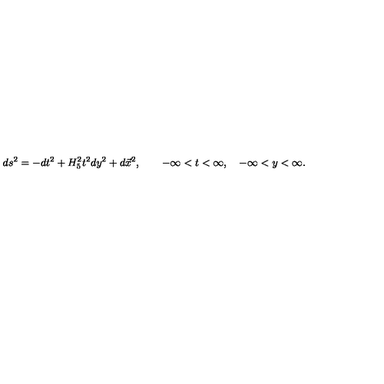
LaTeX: d s ^ { 2 } = - d t ^ { 2 } + H _ { 5 } ^ { 2 } t ^ { 2 } d y ^ { 2 } + d \vec { x } ^ { 2 } , \qquad - \infty < t < \infty , \quad - \infty < y < \infty .